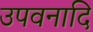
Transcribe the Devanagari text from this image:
उपवनादि